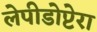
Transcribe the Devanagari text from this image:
लेपीडोप्टेरा